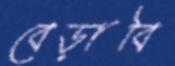
বেড়াবি